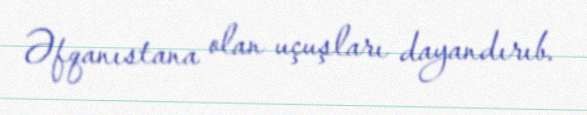
Əfqanıstana olan uçuşları dayandırıb.